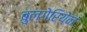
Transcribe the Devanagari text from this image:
बुल्गेरियेन